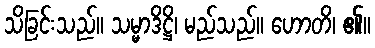
သိခြင်းသည်။ သမ္မာဒိဋ္ဌိ၊ မည်သည်။ ဟောတိ၊ ၏။